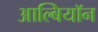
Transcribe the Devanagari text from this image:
आल्बियॉन